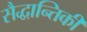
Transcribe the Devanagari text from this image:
सैद्धान्तिकी